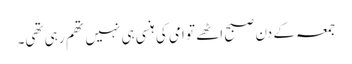
جمعہ کے دن صبح اٹھے تو امی کی ہنسی ہی نہیں تھم رہی تھی۔